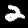
Label: 2